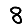
Digit: 8